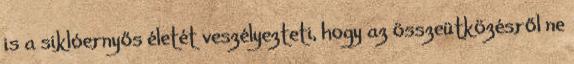
is a siklóernyős életét veszélyezteti, hogy az összeütközésről ne